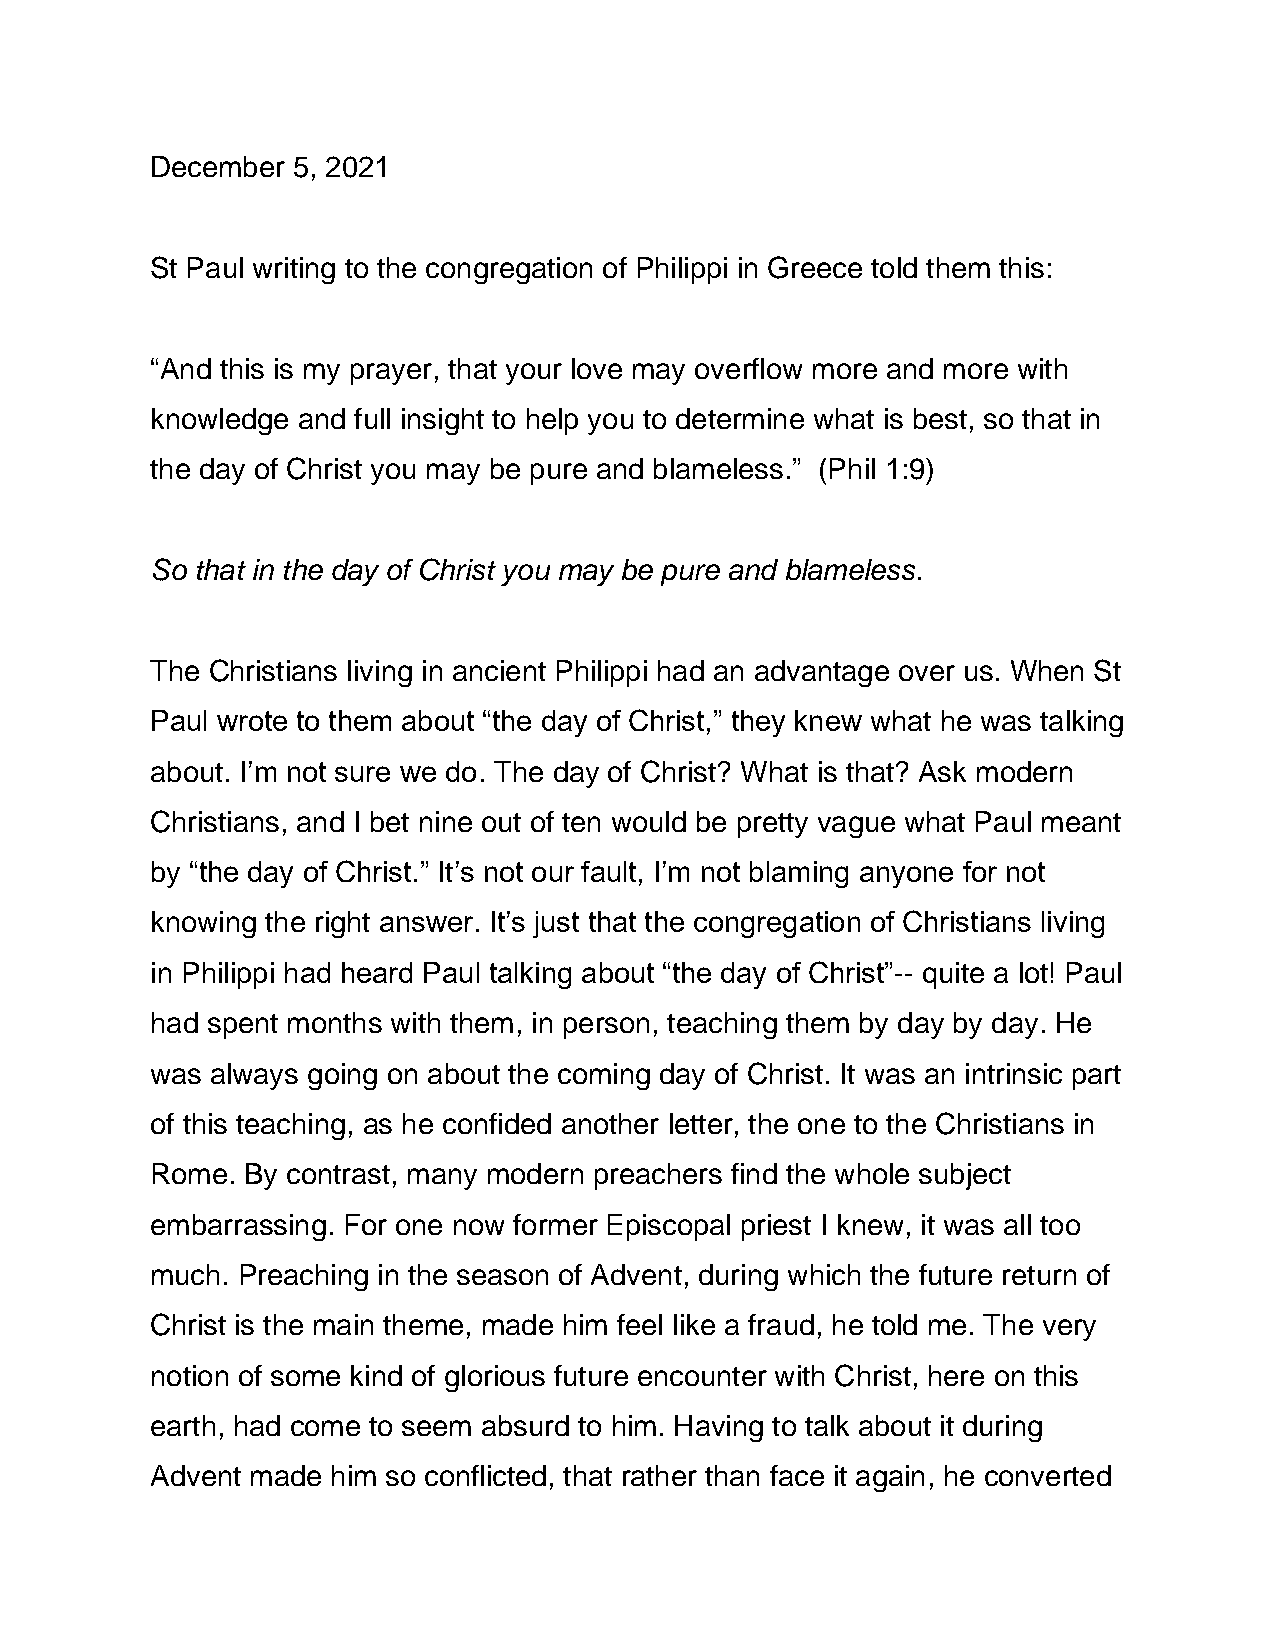
December 5, 2021
 St Paul writing to the congregation of Philippi in Greece told them this:
 “And this is my prayer, that your love may overflow more and more with
 knowledge and full insight to help you to determine what is best, so that in
 the day of Christ you may be pure and blameless.” (Phil 1:9)
 So that in the day of Christ you may be pure and blameless.
 The Christians living in ancient Philippi had an advantage over us. When St
 Paul wrote to them about “the day of Christ,” they knew what he was talking
 about. I’m not sure we do. The day of Christ? What is that? Ask modern
 Christians, and I bet nine out of ten would be pretty vague what Paul meant
 by “the day of Christ.” It’s not our fault, I’m not blaming anyone for not
 knowing the right answer. It’s just that the congregation of Christians living
 in Philippi had heard Paul talking about “the day of Christ”-- quite a lot! Paul
 had spent months with them, in person, teaching them by day by day. He
 was always going on about the coming day of Christ. It was an intrinsic part
 of this teaching, as he confided another letter, the one to the Christians in
 Rome. By contrast, many modern preachers find the whole subject
 embarrassing. For one now former Episcopal priest I knew, it was all too
 much. Preaching in the season of Advent, during which the future return of
 Christ is the main theme, made him feel like a fraud, he told me. The very
 notion of some kind of glorious future encounter with Christ, here on this
 earth, had come to seem absurd to him. Having to talk about it during
 Advent made him so conflicted, that rather than face it again, he converted